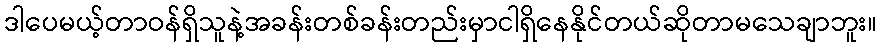
ဒါပေမယ့်တာဝန်ရှိသူနဲ့အခန်းတစ်ခန်းတည်းမှာငါရှိနေနိုင်တယ်ဆိုတာမသေချာဘူး။